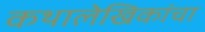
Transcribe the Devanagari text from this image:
कथालेखिकांचा